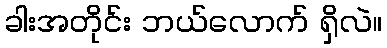
ခါးအတိုင်း ဘယ်လောက် ရှိလဲ။